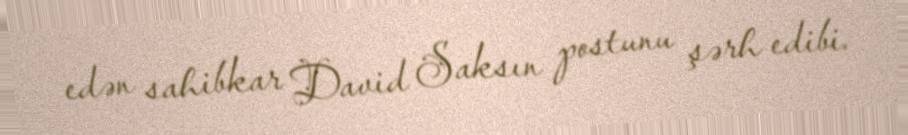
edən sahibkar David Saksın postunu şərh edibi.